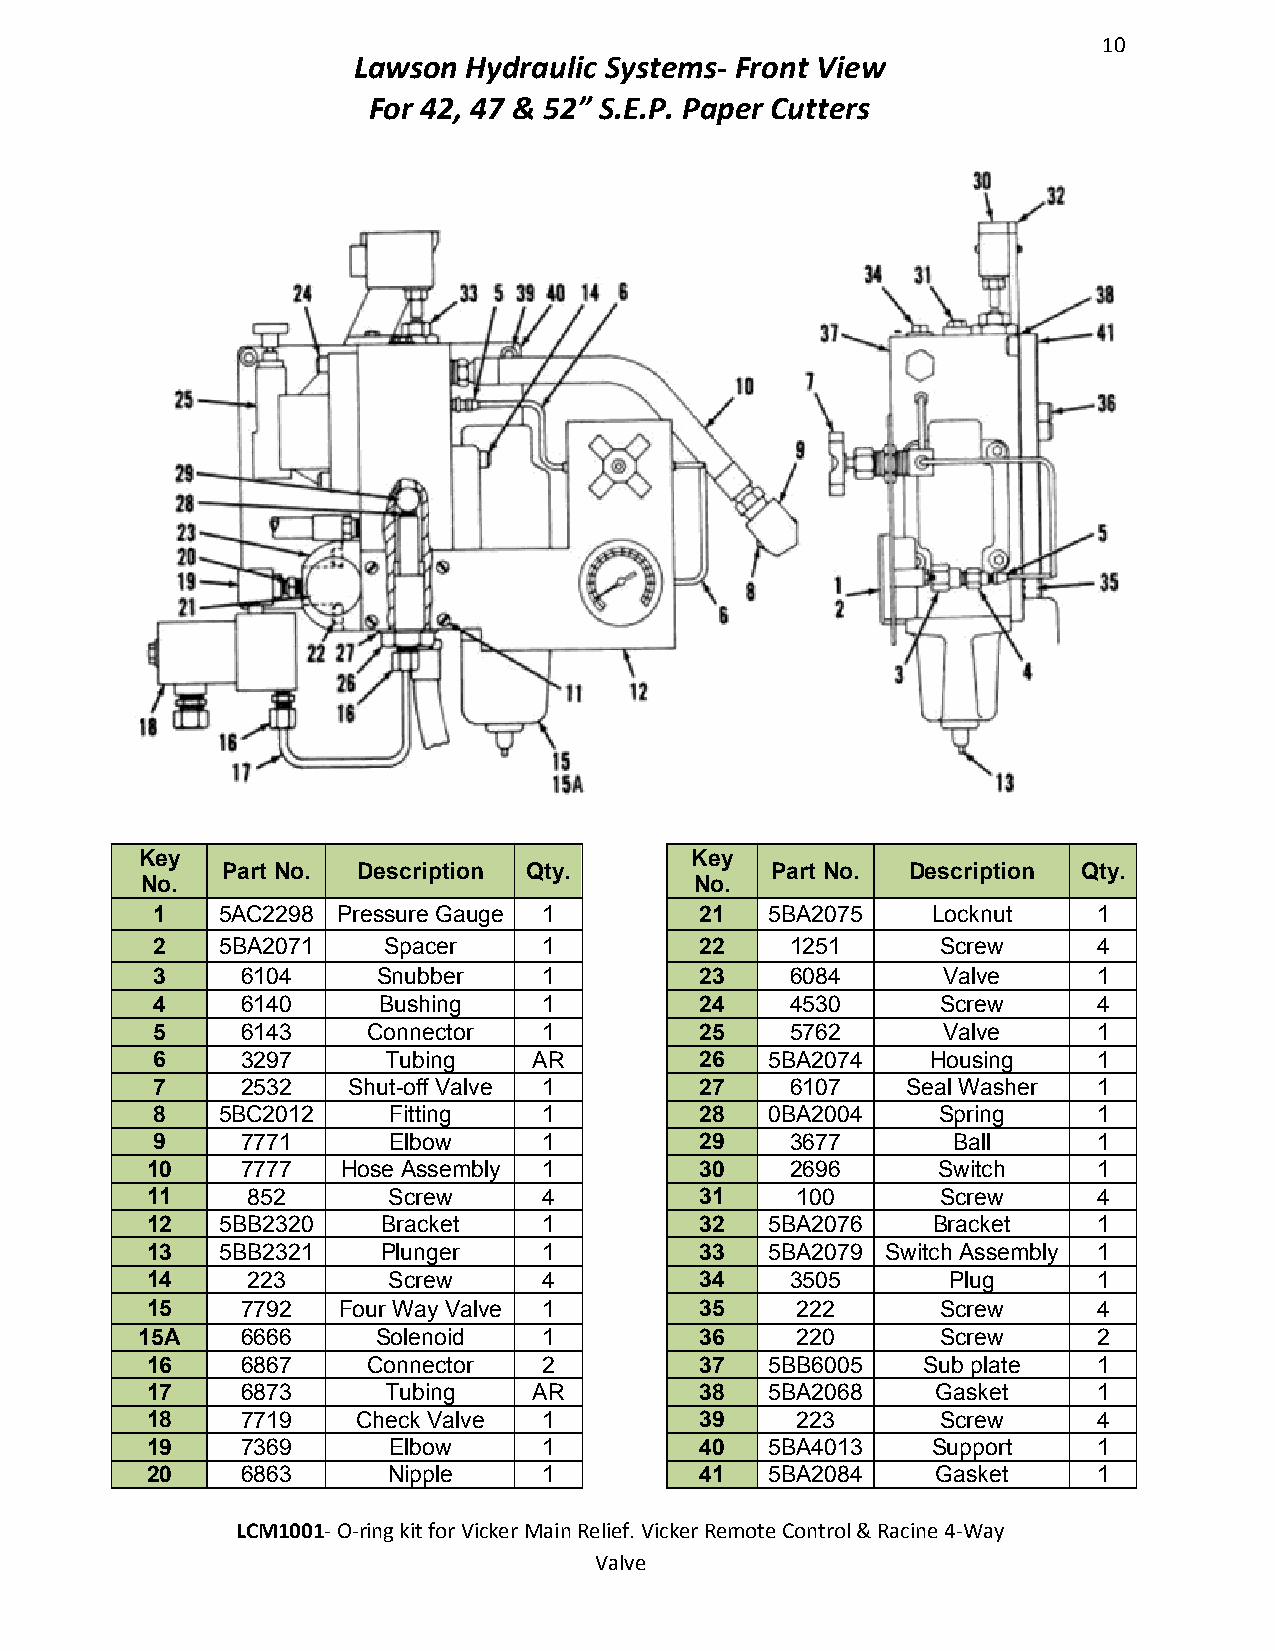
10
 Lawson  Hydraulic Systems- Front View
 For 42, 47 & 52” S.E.P. Paper Cutters
 K ey                                 Key
 Part No. Description Qty.           Part No. Description Qty.
 No.                                  No.
 1   5AC2298 Pressure Gauge 1        21   5BA2075    Locknut    1
 2    5BA2071   Spacer     1         22    1251      Screw      4
 3     6104     Snubber    1         23    6084      Valve      1
 4     6140     Bushing    1         24    4530      Screw      4
 5     6143    Connector   1         25    5762      Valve      1
 6     3297      Tubing   AR         26   5BA2074    Housing    1
 7     2532   Shut-off Valve 1       27    6107    Seal Washer  1
 8   5BC2012     Fitting   1         28   0BA2004    Spring     1
 9     7771      Elbow     1         29    3677       Ball      1
 1 0   7777   Hose Assembly 1        30    2696      Switch     1
 11    852       Screw     4         31     100      Screw      4
 1 2  5BB2320   Bracket    1         32   5BA2076    Bracket    1
 13   5BB2321   Plunger    1         33   5BA2079 Switch Assembly 1
 1 4   223       Screw     4         34    3505       Plug      1
 15    7792  Four Way Valve 1        35     222      Screw      4
 1 5A   6666     Solenoid   1         36     220      Screw      2
 16    6867    Connector   2         37   5BB6005   Sub plate   1
 17    6873      Tubing   AR         38   5BA2068    Gasket     1
 18    7719    Check Valve 1         39     223      Screw      4
 19    7369      Elbow     1         40   5BA4013    Support    1
 20    6863      Nipple    1         41   5BA2084    Gasket     1
 LCM1001- O-ring kit for Vicker Main Relief. Vicker Remote Control & Racine 4-Way
 Valve